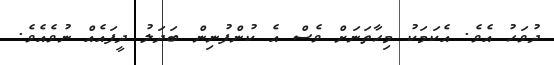
ދުވަހު އެވެ. އެކަމަކު މިހާތަނަށް ވެސް އެ ކުންފުނިން ބަދަލު ދީފައެއް ނުވެއެވެ.